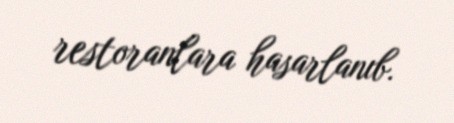
restoranlara hasarlanıb.